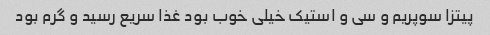
پیتزا سوپریم و سی و استیک خیلی خوب بود غذا سریع رسید و گرم بود